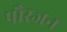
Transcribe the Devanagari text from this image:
पौरजन